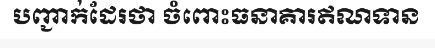
បញ្ជាក់ដែរថា ចំពោះធនាគារឥណទាន